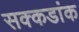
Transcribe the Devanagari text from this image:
सक्कडांक